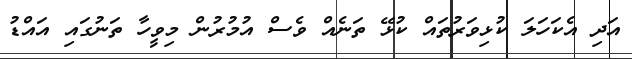
އަދި އެކަހަލަ ކުޅިވަރުތައް ކުޅޭ ތަނެއް ވެސް އުމުރުން މިވީހާ ތަނުގައި އައްޑު